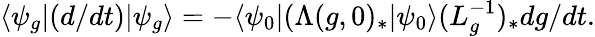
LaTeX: \langle\psi_{g}|(d/dt)|\psi_{g}\rangle=-\langle\psi_{0}|(\Lambda(g,0)_{\ast}|\psi_{0}\rangle(L_{g}^{-1})_{\ast}d{g}/dt.